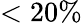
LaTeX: <20\%